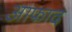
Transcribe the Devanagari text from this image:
आफाद